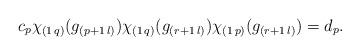
LaTeX: \begin{align*} c_p\chi_{(1\,q)}(g_{ (p+1\,l)})\chi_{(1\,q)}(g_{(r+1\,l)})\chi_{(1\,p)}(g_{ (r+1\,l)})= d_p.\end{align*}